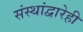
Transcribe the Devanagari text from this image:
संस्थांद्वारेही